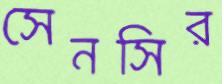
সেনসির